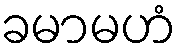
ခမာမဟံ